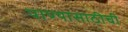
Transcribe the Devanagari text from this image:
पाण्यासाठीची